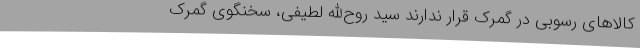
کالاهای رسوبی در گمرک قرار ندارند سید روح‌الله لطیفی، سخنگوی گمرک